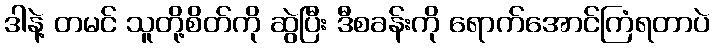
ဒါနဲ့ တမင် သူတို့စိတ်ကို ဆွဲပြီး ဒီစခန်းကို ရောက်အောင်ကြံရတာပဲ